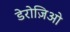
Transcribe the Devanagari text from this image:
डेरोज़िओ